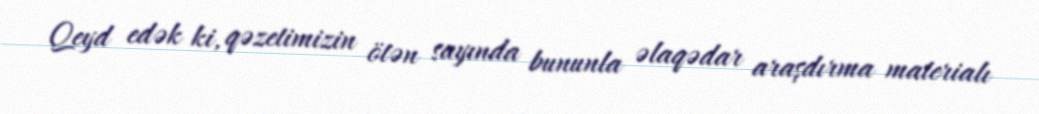
Qeyd edək ki, qəzetimizin ötən sayında bununla əlaqədar araşdırma materialı